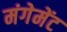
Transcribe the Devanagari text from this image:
मंगेमेंट